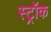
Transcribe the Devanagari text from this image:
स्ट्रॉक